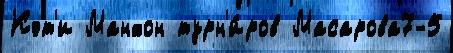
Кэт'и Манхон турн'и́ров Масарова7-5